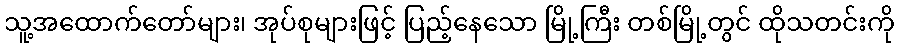
သူ့အထောက်တော်များ၊ အုပ်စုများဖြင့် ပြည့်နေသော မြို့ကြီး တစ်မြို့တွင် ထိုသတင်းကို